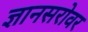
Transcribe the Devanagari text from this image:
ज्ञानसरोवर